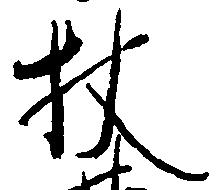
杖